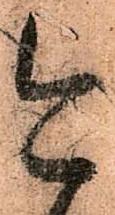
今